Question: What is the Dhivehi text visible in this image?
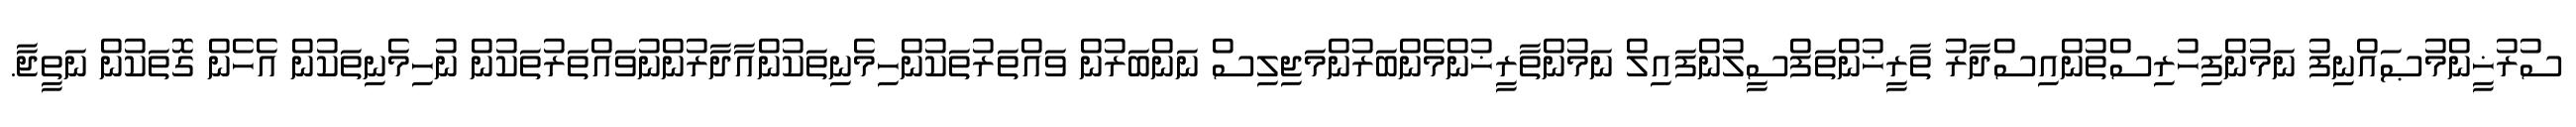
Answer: ސުރުޚީންމުޞައްނިފު ނަމުންފިހުރިސްތުންއިސްދާރު ތާރީޚުންތަފްސީލުންފައިލް ނަމުންތާރީޚުންމެންބަރުންމަޖިލިސް ނަންބަރުން ވައްތަރުތަކުންހިމެނިތަކުންއާދާރުންނުވައްތަރުތަކުން ނުހިމެނިތަކުން އެހެން ގޮތަކުން ނަތީޖާ.